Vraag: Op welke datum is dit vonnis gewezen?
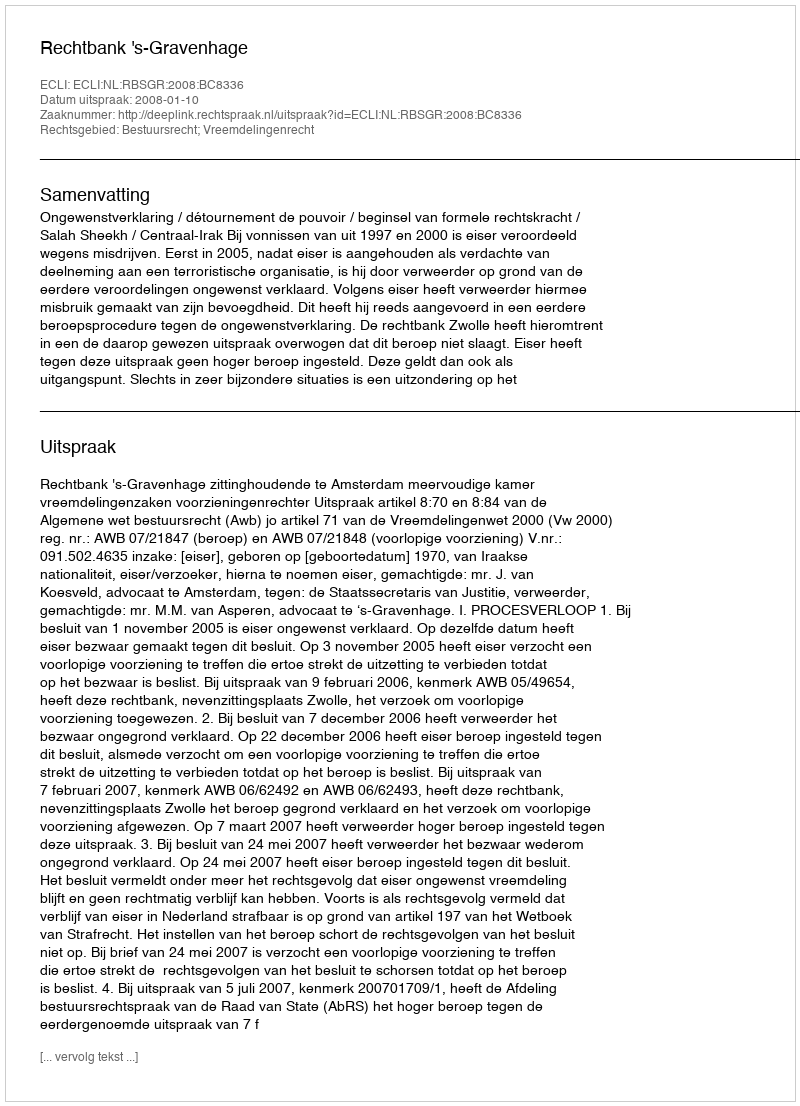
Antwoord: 2008-01-10